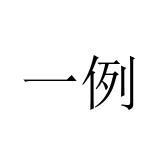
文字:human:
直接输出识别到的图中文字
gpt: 一例